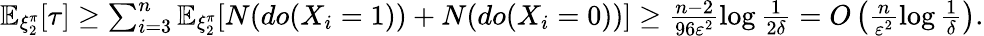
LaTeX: \begin{array}{r}{\mathbb{E}_{\xi_{2}^{\pi}}[\tau]\ge\sum_{i=3}^{n}\mathbb{E}_{\xi_{2}^{\pi}}[N(do(X_{i}=1))+N(do(X_{i}=0))]\ge\frac{n-2}{96\varepsilon^{2}}\log\frac{1}{2\delta}=O\left(\frac{n}{\varepsilon^{2}}\log\frac{1}{\delta}\right).}\end{array}